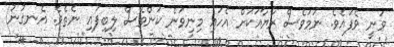
ވަނީ ވެފައެވެ. ނަމަވެސް ރާޔާއަކަށް އެހައި މިނިވަން ކަންވެސް ލިބިފައި ނެތެވެ. އެނގުނު